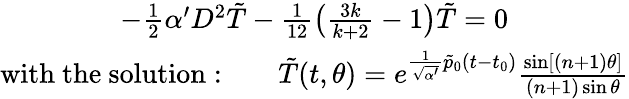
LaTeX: \begin{array}{c}{{-\frac{1}{2}\alpha^{\prime}D^{2}\tilde{T}-\frac{1}{12}\left(\frac{3k}{k+2}-1\right)\tilde{T}=0}}\\ {{\mathrm{with~the~solution:}\qquad\tilde{T}(t,\theta)=e^{\frac{1}{\sqrt{\alpha^{\prime}}}\tilde{p}_{0}(t-t_{0})}\frac{\sin[(n+1)\theta]}{(n+1)\sin\theta}}}\end{array}